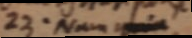
23. Nam quia